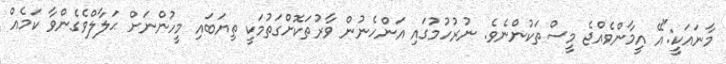
މާނައަކީ:"އޭ އީމާންވެއްޖެ މީސްތަކުންނެވެ. ނުރުހުމުގައި އަންހެނުން ވާރުތަކޮށްގަތުމަކީ ތިޔަބައި މީހުންނަށް ޙަލާލްވެގެންވާ ކަމެއް